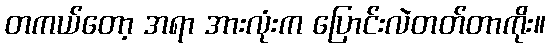
တကယ်တော့ အရာ အားလုံးက ပြောင်းလဲတတ်တာကိုး။